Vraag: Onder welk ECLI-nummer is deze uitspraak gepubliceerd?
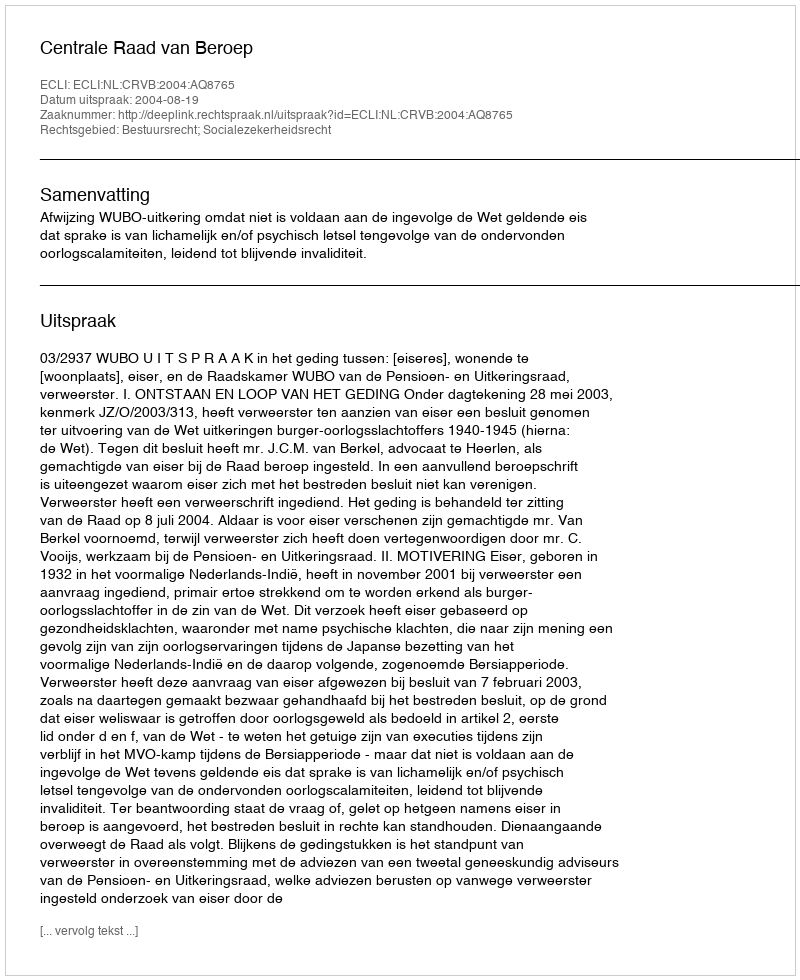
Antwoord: ECLI:NL:CRVB:2004:AQ8765